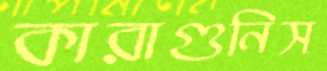
কারাগুনিস